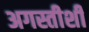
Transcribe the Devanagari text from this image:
अगस्तीशी